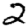
Digit: 2